Annual report of the Imperial Bacteriological Laboratory, Muktesar
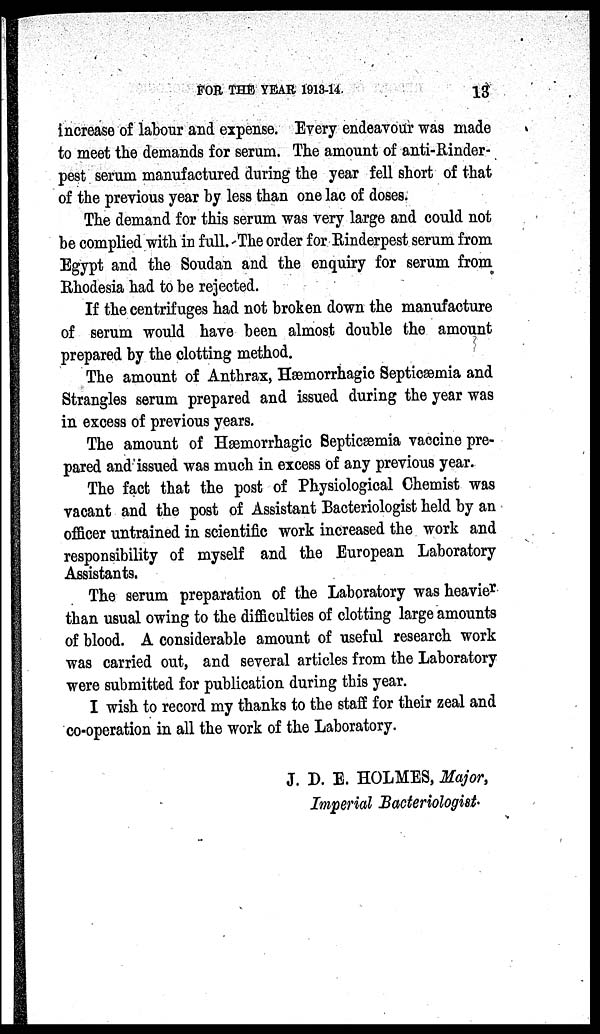
FOR THE YEAR 1913-14.
13
increase of labour and expense. Every endeavour was made
to meet the demands for serum. The amount of anti-Rinder-
pest serum manufactured during the year fell short of that
of the previous year by less than one lac of doses.
The demand for this serum was very large and could not
be complied with in full. The order for Rinderpest serum from
Egypt and the Soudan and the enquiry for serum from
Rhodesia had to be rejected.
If the centrifuges had not broken down the manufacture
of serum would have been almost double the amount
prepared by the clotting method.
The amount of Anthrax, Hæmorrhagic Septicæmia and
Strangles serum prepared and issued during the year was
in excess of previous years.
The amount of Hæmorrhagic Septicæmia vaccine pre-
pared and issued was much in excess of any previous year.
The fact that the post of Physiological Chemist was
vacant and the post of Assistant Bacteriologist held by an
officer untrained in scientific work increased the work and
responsibility of myself and the European Laboratory
Assistants.
The serum preparation of the Laboratory was heavier
than usual owing to the difficulties of clotting large amounts
of blood. A considerable amount of useful research work
was carried out, and several articles from the Laboratory
were submitted for publication during this year.
I wish to record my thanks to the staff for their zeal and
co-operation in all the work of the Laboratory.
J. D. E. HOLMES, Major,
Imperial Bacteriologist.